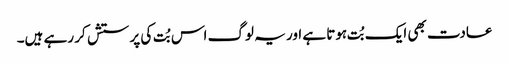
عادت بھی ایک بُت ہوتا ہے اور یہ لوگ اس بُت کی پرستش کر رہے ہیں۔